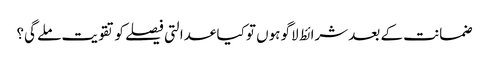
ضمانت کے بعد شرائط لاگو ہوں تو کیا عدالتی فیصلے کو تقویت ملے گی؟